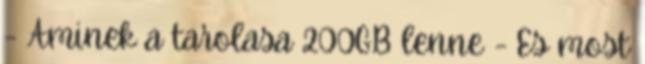
- Aminek a tarolasa 200GB lenne - Es most